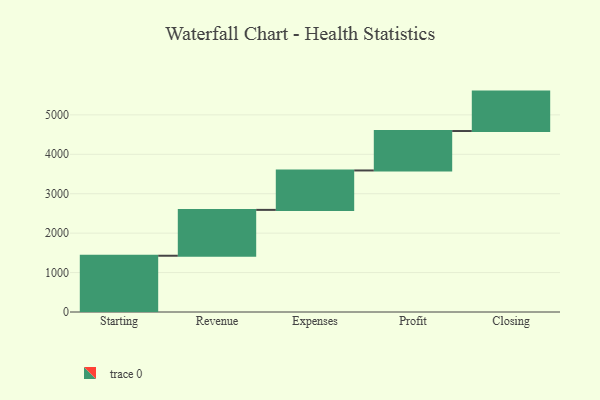
{"axis": {"x": "Step", "y": "Value"}, "legend": [""], "data": [{"x": "Starting", "y": 1427.0, "type": ""}, {"x": "Revenue", "y": 1163.0, "type": ""}, {"x": "Expenses", "y": 1000, "type": ""}, {"x": "Profit", "y": 1000, "type": ""}, {"x": "Closing", "y": 1000, "type": ""}]}